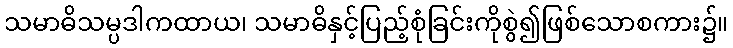
သမာဓိသမ္ပဒါကထာယ၊ သမာဓိနှင့်ပြည့်စုံခြင်းကိုစွဲ၍ဖြစ်သောစကား၌။